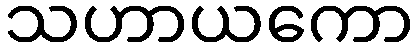
သဟာယကော